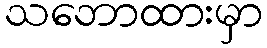
သဘောထားမှာ